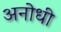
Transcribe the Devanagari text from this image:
अनोधी